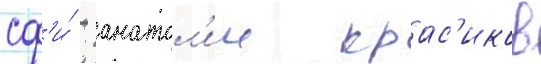
сф'и́ - анатол'ии крас'иков